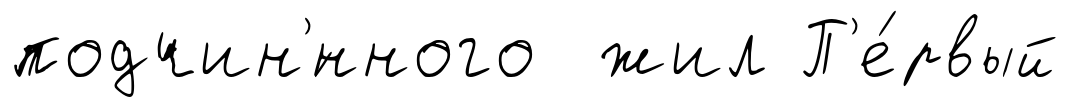
подчин'́нного жил П'е́рвый